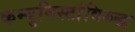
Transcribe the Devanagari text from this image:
कम्युनिस्टांविरुद्ध